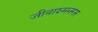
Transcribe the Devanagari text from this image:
जीवाश्मनगर